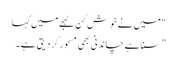
“ میں نے خوش کن لہجے میں کہا
” سنا ہے چاندنی بھی مسحور کر دیتی ہے۔